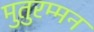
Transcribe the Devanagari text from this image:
मुतुरम्मन